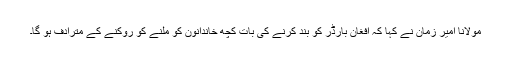
مولانا امیر زمان نے کہا کہ افغان بارڈر کو بند کرنے کی بات کچھ خاندانون کو ملنے کو روکنے کے مترادف ہو گا۔